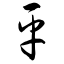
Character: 平